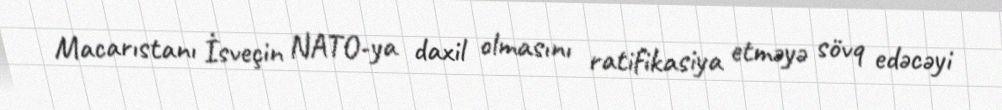
Macarıstanı İsveçin NATO-ya daxil olmasını ratifikasiya etməyə sövq edəcəyi